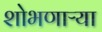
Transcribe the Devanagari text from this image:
शोभणाऱ्या